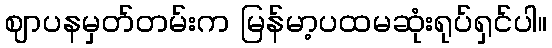
ဈာပနမှတ်တမ်းက မြန်မာ့ပထမဆုံးရုပ်ရှင်ပါ။